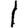
Digit: 1